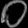
Digit: ၀